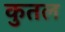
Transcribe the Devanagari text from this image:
कुतल